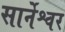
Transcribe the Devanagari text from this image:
सार्नेश्वर